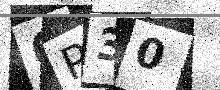
Text: 6P30